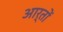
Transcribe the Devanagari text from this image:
आर्तों